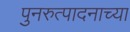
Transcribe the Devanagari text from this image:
पुनरुत्पादनाच्या